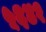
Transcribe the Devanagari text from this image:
५६४१